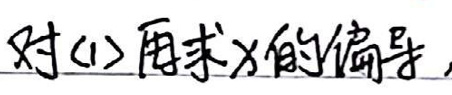
对(1)再求\(x\)的偏导。